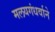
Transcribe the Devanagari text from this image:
मलयगंधर्वाने